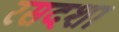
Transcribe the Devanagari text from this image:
रसदशा